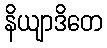
နိယျာဒိတေ